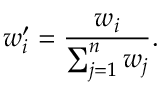
w _ { i } ^ { \prime } = \frac { w _ { i } } { \sum _ { j = 1 } ^ { n } w _ { j } } .